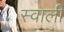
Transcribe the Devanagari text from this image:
स्वाली